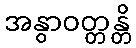
အနွာဝတ္တန္တိ